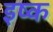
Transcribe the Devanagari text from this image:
इष्क